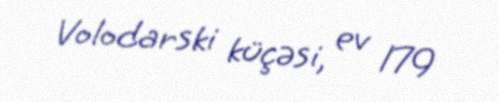
Volodarski küçəsi, ev 179